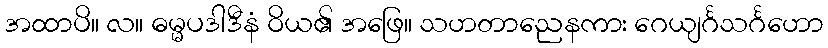
အထာပိ။ လ။ ဓမ္မပဒါဒီနံ ဝိယ၏ အဖြေ။ သဟတာညေနကား ဂေယျင်္ဂသင်္ဂဟော